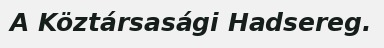
A Köztársasági Hadsereg.